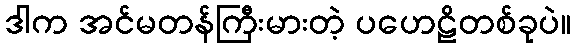
ဒါက အင်မတန်ကြီးမားတဲ့ ပဟေဠိတစ်ခုပဲ။